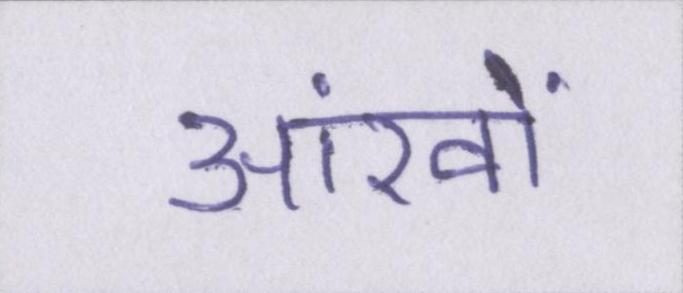
आंखों